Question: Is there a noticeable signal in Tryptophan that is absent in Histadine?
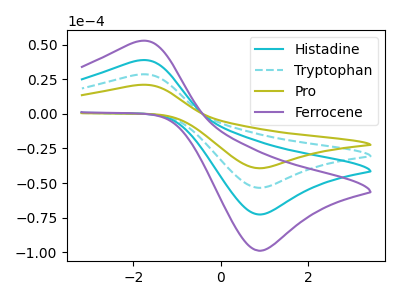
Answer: <think>The cyan curve "Histadine" has an anodic peak at (-1.85V, 56.75uA) and a cathodic peak at (0.85V, -106.90uA). The cyan dashed curve "Tryptophan" has an anodic peak at (-1.85V, 28.35uA) and a cathodic peak at (0.85V, -53.45uA). The olive curve "Pro" has an anodic peak at (-1.85V, 20.85uA) and a cathodic peak at (0.85V, -39.30uA). The purple curve "Ferrocene" has an anodic peak at (-1.85V, 85.10uA) and a cathodic peak at (0.85V, -160.30uA).
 All the peaks in "Tryptophan" have a peak in "Histadine" at the same potential. Every peak in "Tryptophan" is lower than every peak in "Histadine".</think>
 <answer>No, "Tryptophan" and "Histadine" don't appear to be significantly different in shape</answer>
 <eval>no_change</eval>